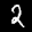
Label: 2